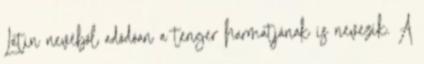
Latin nevéből adódóan a tenger harmatjának is nevezik. A